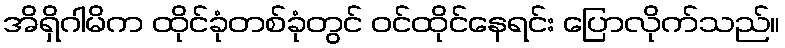
အိရှိဂါမိက ထိုင်ခုံတစ်ခုံတွင် ဝင်ထိုင်နေရင်း ပြောလိုက်သည်။